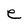
Character: e